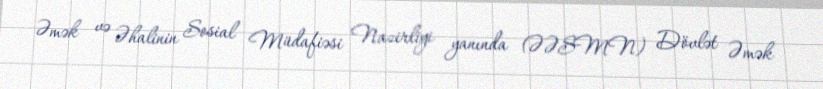
Əmək və Əhalinin Sosial Müdafiəsi Nazirliyi yanında (ƏƏSMN) Dövlət Əmək